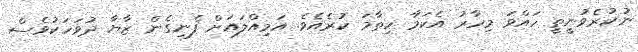
ނުކުރެވުނީތީ ހައްވަ މިހާރު އެކަމާ ހިތާމަ ކުރެއެވެ. އަމިއްލައަށް ފެނިގެން ޒާޔާ ދުވަހަކުވެސް